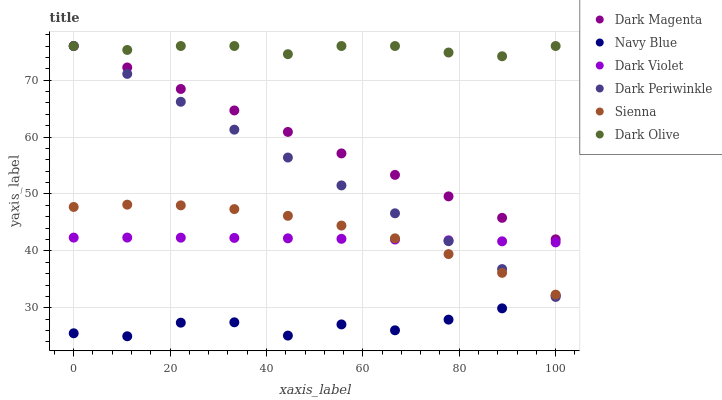
| xaxis_label | Dark Magenta | Navy Blue | Dark Violet | Dark Periwinkle | Sienna | Dark Olive |
 | --- | --- | --- | --- | --- | --- | --- |
 | 0 | 76 | 25.5 | 42.3 | 76 | 47.7 | 76 |
 | 11.1 | 72.2 | 25 | 42.3 | 71.1 | 48.1 | 75.3 |
 | 22.2 | 68.5 | 27.4 | 42.3 | 66.2 | 48 | 76 |
 | 33.3 | 64.7 | 27.4 | 42.3 | 61.3 | 47.3 | 76 |
 | 44.4 | 60.9 | 25.1 | 42.2 | 56.4 | 46.2 | 74.6 |
 | 55.6 | 57.1 | 27.1 | 42.1 | 51.5 | 44.4 | 76 |
 | 66.7 | 53.4 | 26 | 42 | 46.6 | 42.2 | 76 |
 | 77.8 | 49.6 | 27.9 | 41.9 | 41.7 | 39.4 | 74.9 |
 | 88.9 | 45.8 | 29.9 | 41.7 | 36.8 | 36.1 | 74.2 |
 | 100 | 42 | 32.1 | 41.5 | 31.9 | 32.3 | 76 |